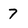
Character: 7